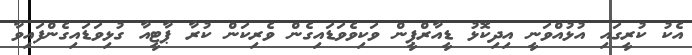
އެކު ކުރީގައި އުޅުއްވަނީ އިދިކޮޅު ޑީއާރްޕީން ވަކިވެވަޑައިގެން ވެރިކަން ކުރާ ޕާޓީއާ ގުޅިވަޑައިގެންފައިވާ